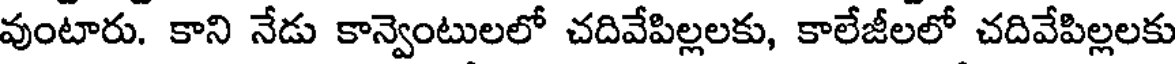
వుంటారు. కాని నేడు కాన్వెంటులలో చదివేపిల్లలకు, కాలేజీలలో చదివేపిల్లలకు